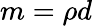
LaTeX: m=\rho d